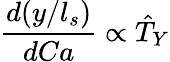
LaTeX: \frac{d(y/l_{s})}{dCa}\propto\hat{T}_{Y}